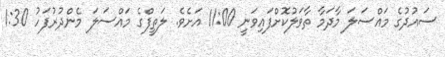
ސައުދުގެ މައްސަލަ މާދަމާ ތާވަލުކޮށްފައިވަނީ 11:00 އަށެވެ. ލަތީފްގެ މައްސަލަ މެންދުރުފަހު 1:30